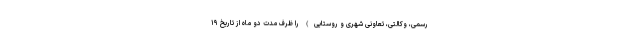
رسمی، وکالتی، تعاونی شهری و روستایی) را ظرف مدت دو ماه از تاریخ ۱۹